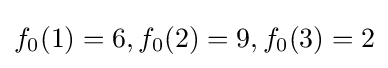
f_{0}(1)=6,f_{0}(2)=9,f_{0}(3)=2